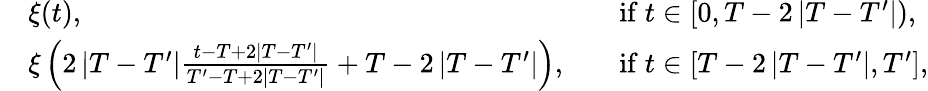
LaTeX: \begin{array}{rlrl}&{\xi(t),}&&{\mathrm{if~}t\in\left[0,T-2\left|T-T^{\prime}\right|\right),}\\ &{\xi\left(2\left|T-T^{\prime}\right|\frac{t-T+2|T-T^{\prime}|}{T^{\prime}-T+2|T-T^{\prime}|}+T-2\left|T-T^{\prime}\right|\right),}&&{\mathrm{if~}t\in\left[T-2\left|T-T^{\prime}\right|,T^{\prime}\right],}\end{array}